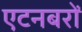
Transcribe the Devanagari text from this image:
एटनबरों